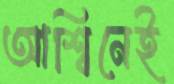
আশ্বিনেই